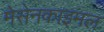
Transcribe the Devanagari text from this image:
मेसेनकाइमल